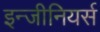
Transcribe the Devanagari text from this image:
इन्जीनियर्स